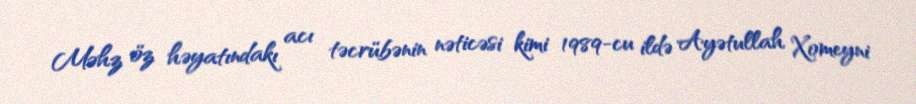
Məhz öz həyatındakı acı təcrübənin nəticəsi kimi 1989-cu ildə Ayətullah Xomeyni